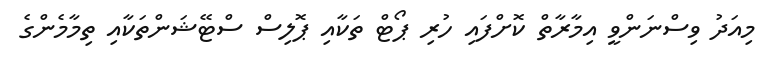
މިއަދު ވިސްނަންވީ އިމާރާތް ކޮށްފައި ހުރި ޕޯޓް ތަކާއި ޕޮލިސް ސްޓޭޝަންތަކާއި ތިމާމެންގެ